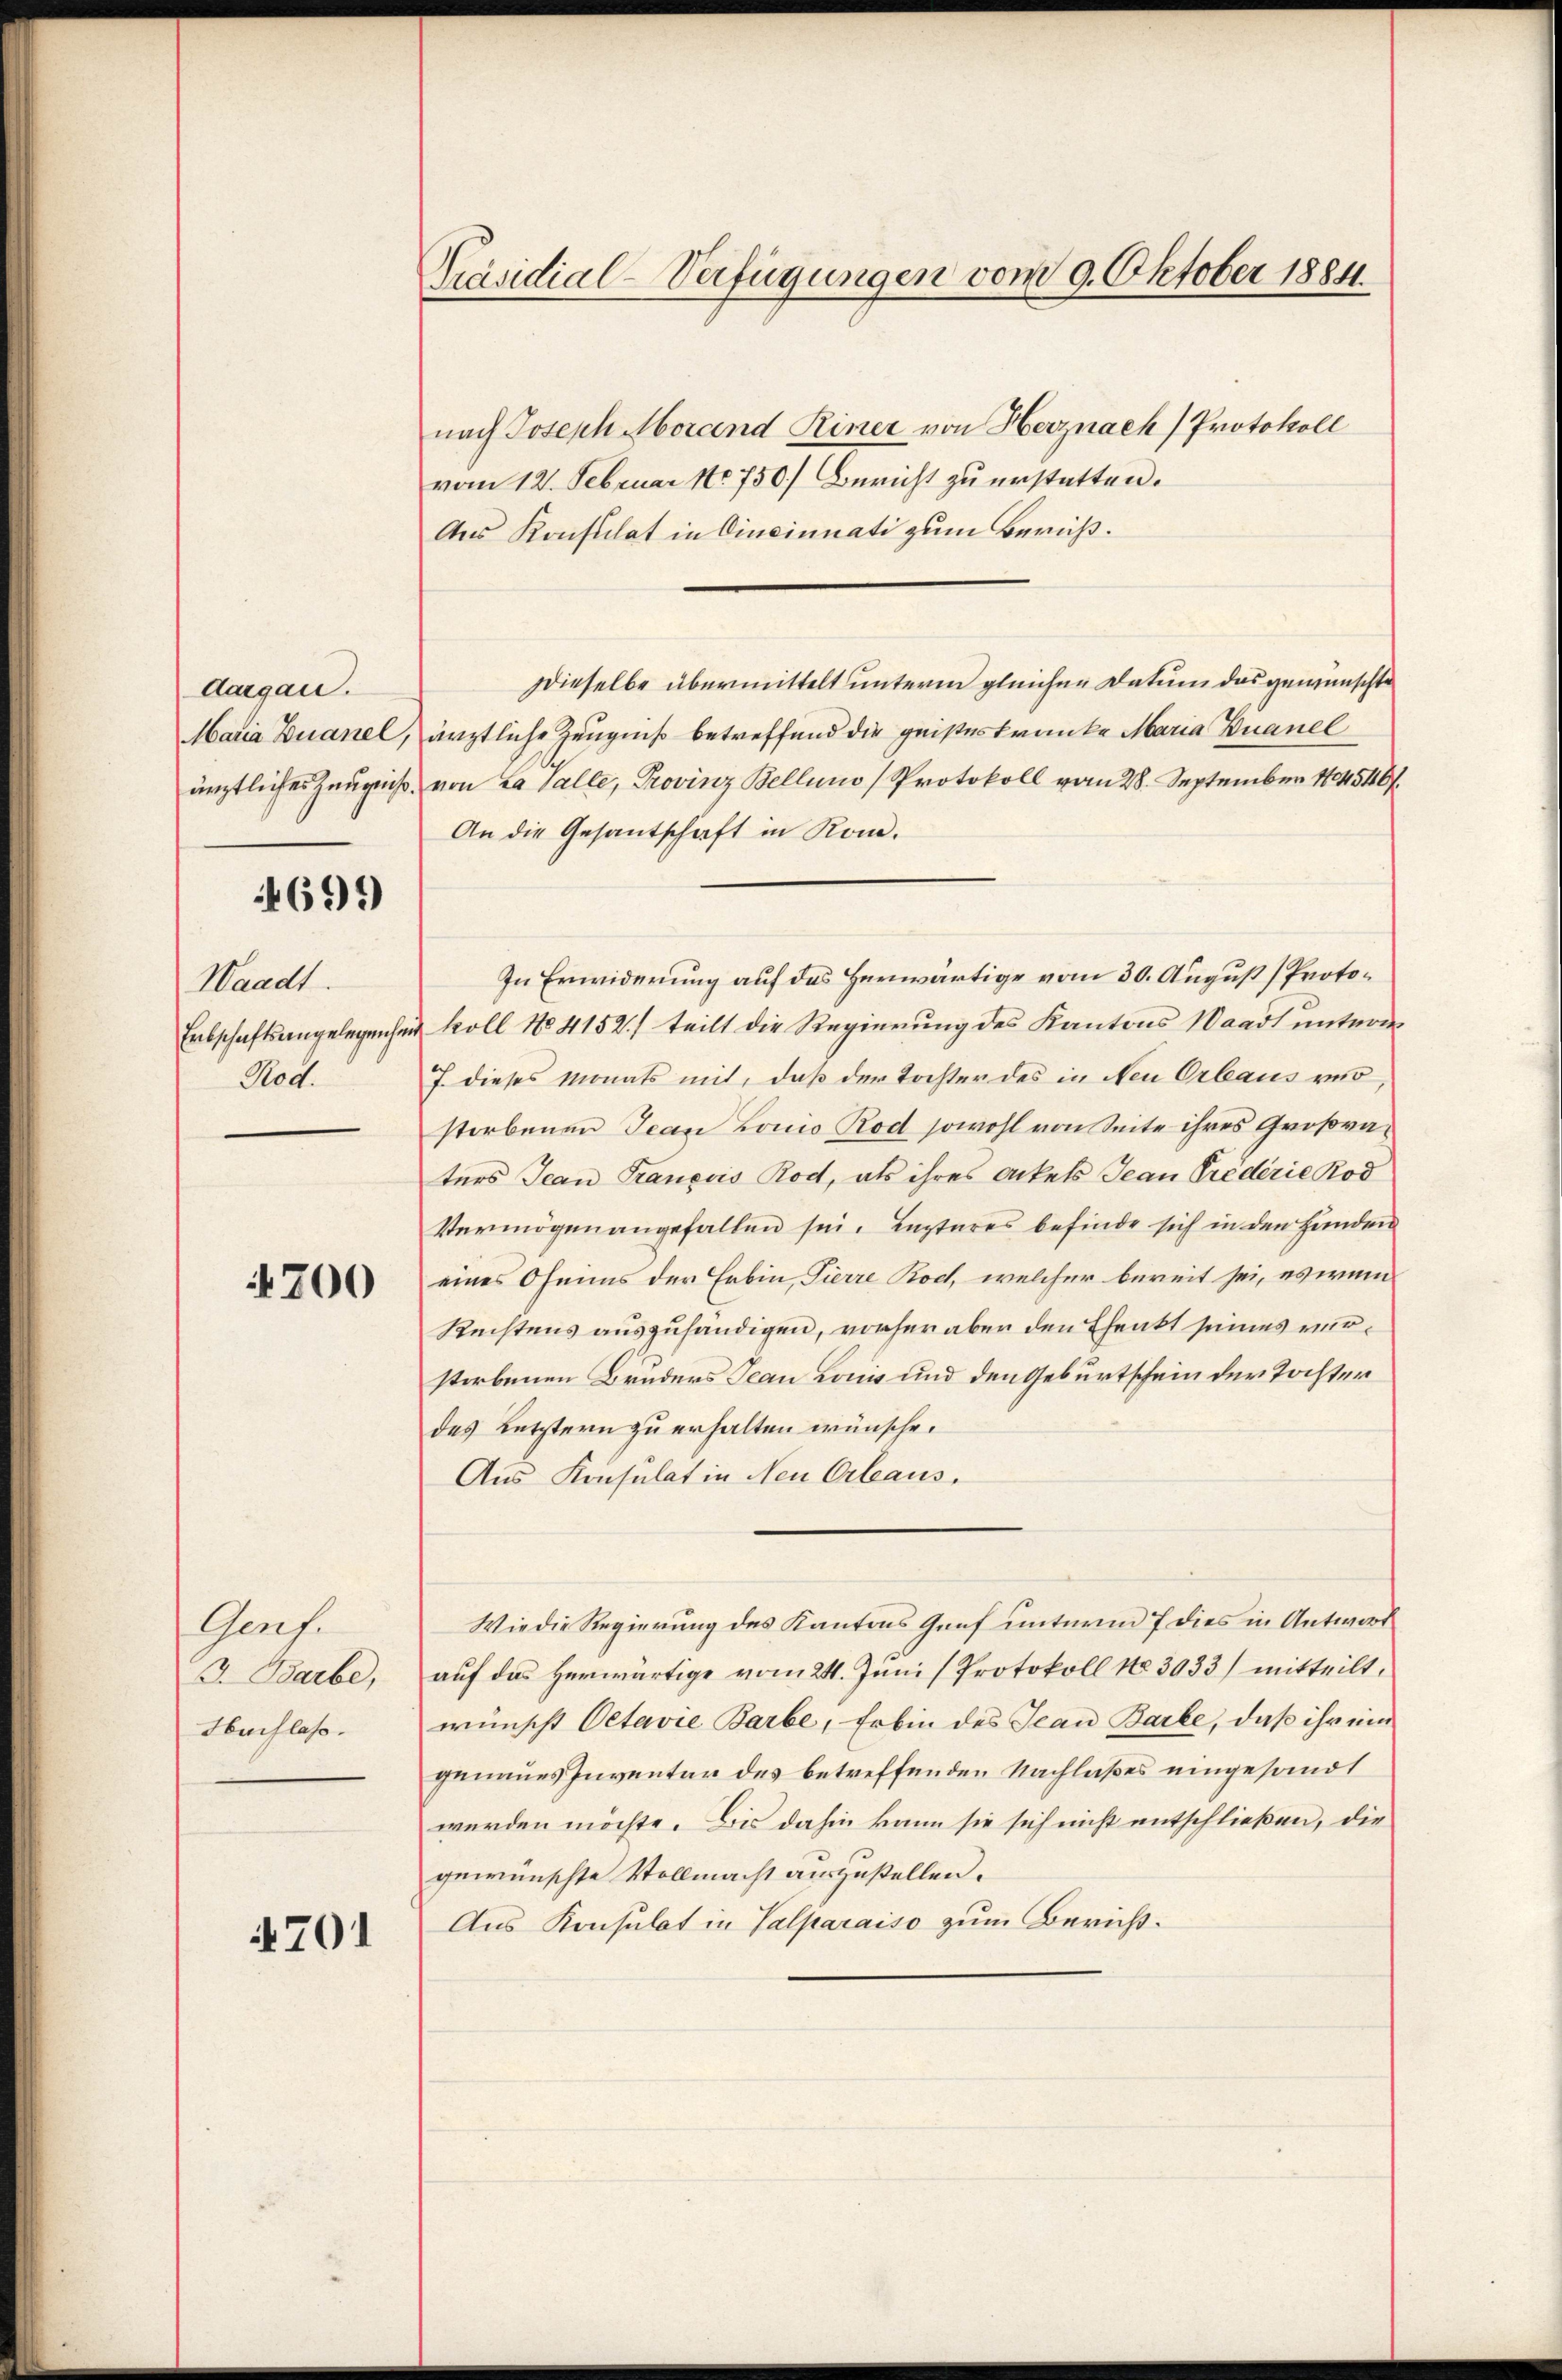
Aargau.
Maria Zuanel,
ärztliches Zeugniß.

699)

Waadt.
Entschaftsangelegenhe
Pod.

4200

Genf.
I. Barbe,
Nachlass.

4701

Präsidial-Verfügungen vom 9. Oktober 1884.

nach Joseph Morand Reiner von Herznach Protokoll
vom 12. Februar Nr. 750.) Bericht zu erstatten.
Aus Konsulat in Cincinnati zum Bericht.
Dieselbe übermittelt unterm gleichen Datum das gewünschte
ärztliche Zeugniß betreffend die geisteskranke Maria Buanel
von La salte, Provinz Bellino Protokoll vom 28. September 1804540/
An die Gesantschaft in Kom¬
In Erwiderung auf das Herwärtige vom 30. August (Protokoll No 4152) teilt die Regierung des Kantons Waadt unterm
J. dieses Monats mit, daß der Tochter des in Neu Orbaus ver
storbenen Jean Lonio Rod sowohl von Seite ihres Großraters Jean François Rod, als ihres Ackels Jean Prederie Kod
Vermögen angefallen sei. Lezteres befinde sich in den Händen
eines Oheims der Erbin, Tierre Roch, welcher bereit sei, es wen
Rechtens auszuhändigen, vorher aber den Ehenkt seines verstorbenen Bruders Jean Louis und den Geburtschein der Tochter
des Letztern zu erhalten wünsche.
Aus Konsulat in Neu Orleaus.
Wie die Regierung des Kantons Graf unterm 7 dies in Antwort
auf das herwärtige vom 24. Juni (Protokoll No 3033) mitteilt,
wünscht Octavie Barbe, Erbin des Jean Barke, daß ihr ein
genaues Inventar des betreffenden Nachlaßes eingesandt
werden möchte. Bis dahin kann sie sich nicht entschließen, die
gewünschte Vollmacht auszustellen.
Aus Konsulat in Salparaiso zum Bericht¬